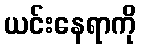
ယင်းနေရာကို